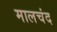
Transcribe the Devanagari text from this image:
मालचंद